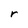
Character: r